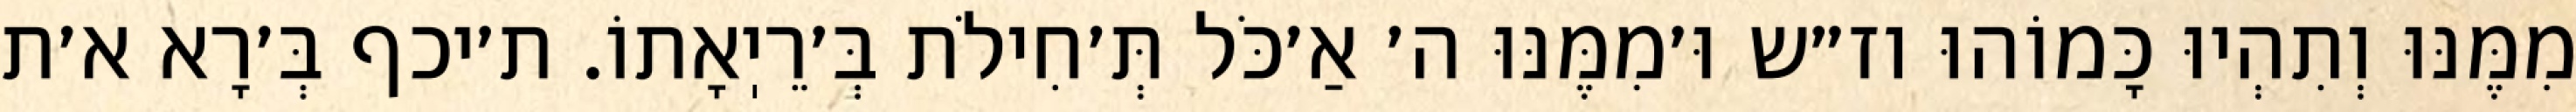
מִמֶּנּוּ וְתִהְיוּ כָּמוֹהוּ וז״ש וּ׳מִמֶּנּוּ ה׳ אַ׳כֹּל תְּ׳חִילֹת בְּ׳רֵיֽאָתוֹ. ת׳יכף בְּ׳רָא א׳ת